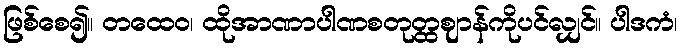
ဖြစ်စေ၍။ တထေဝ၊ ထိုအာဏာပါဏစတုတ္ထဈာန်ကိုပင်လျှင်။ ပါဒကံ၊